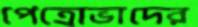
পেত্রোভাদের